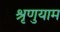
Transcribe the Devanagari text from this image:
श्रृणुयाम